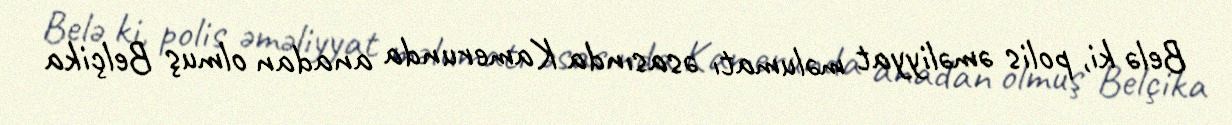
Belə ki, polis əməliyyat məlumatı əsasında Kamerunda anadan olmuş Belçika